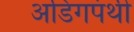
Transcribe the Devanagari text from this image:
अडिगपंथी